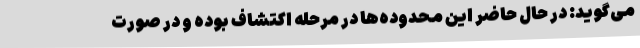
می‌گوید: در حال حاضر این محدوده‌ها در مرحله اکتشاف بوده و در صورت